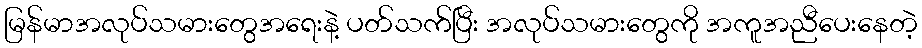
မြန်မာအလုပ်သမားတွေအရေးနဲ့ ပတ်သက်ပြီး အလုပ်သမားတွေကို အကူအညီပေးနေတဲ့